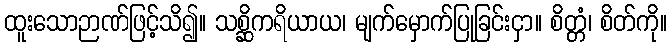
ထူးသောဉာဏ်ဖြင့်သိ၍။ သစ္ဆိကရိယာယ၊ မျက်မှောက်ပြုခြင်းငှာ။ စိတ္တံ၊ စိတ်ကို။